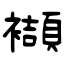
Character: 襭